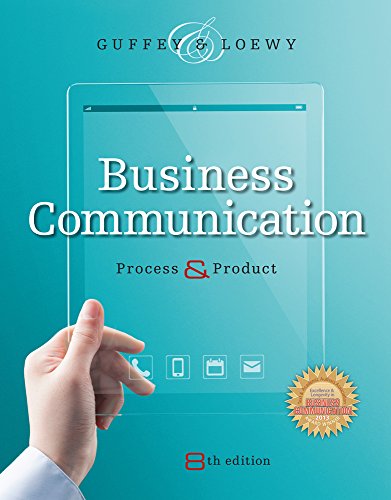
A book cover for Business Communication: Process and Product (with Student Premium Website Printed Access Card); Mary Ellen Guffey; Business & Money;